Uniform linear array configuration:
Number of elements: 16
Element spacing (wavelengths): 0.25
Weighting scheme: binomial
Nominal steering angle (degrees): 60
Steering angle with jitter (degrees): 58.281
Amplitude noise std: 0.05
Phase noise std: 0.05

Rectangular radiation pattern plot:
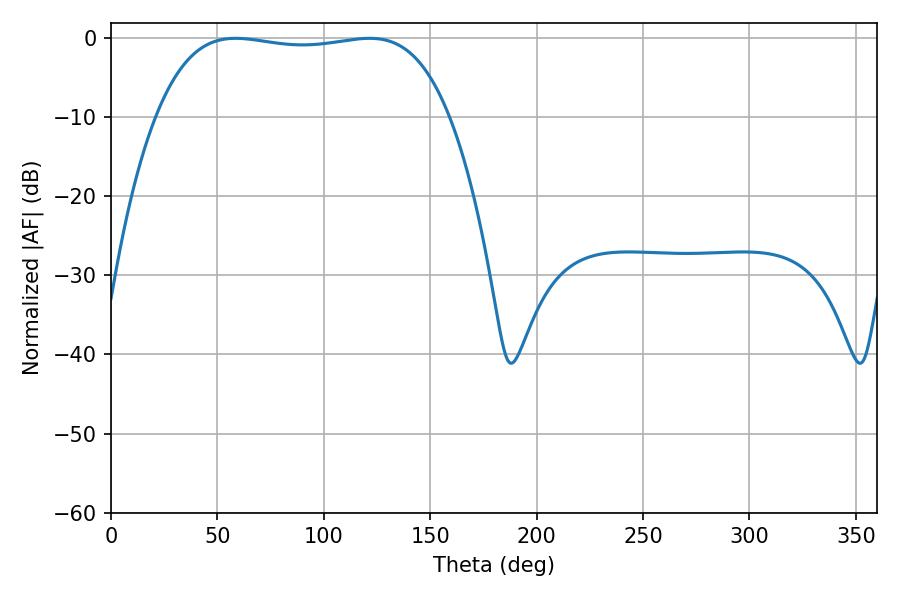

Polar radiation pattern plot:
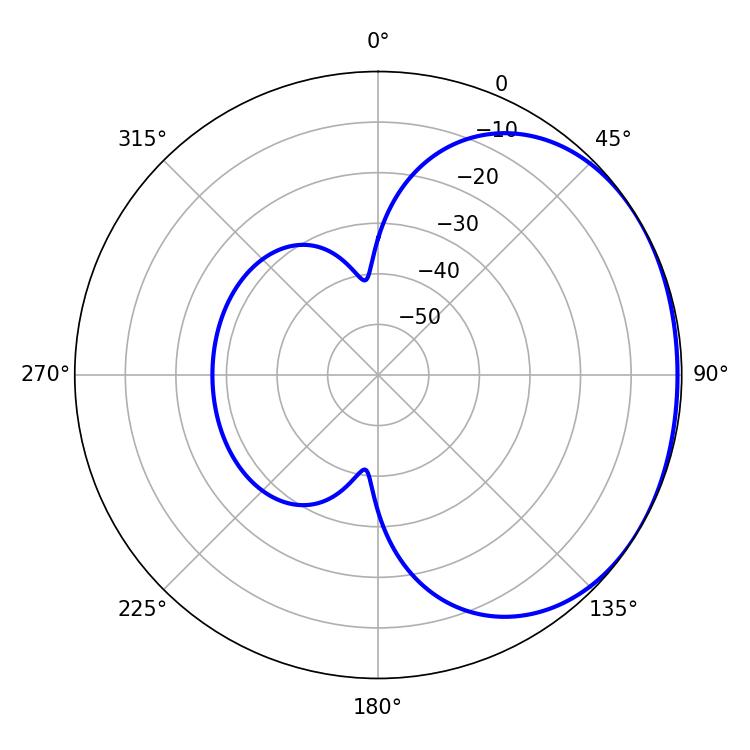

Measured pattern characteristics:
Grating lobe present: FALSE
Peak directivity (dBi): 1.216
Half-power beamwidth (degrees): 109.44
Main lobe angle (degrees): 58.5